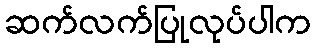
ဆက်လက်ပြုလုပ်ပါက